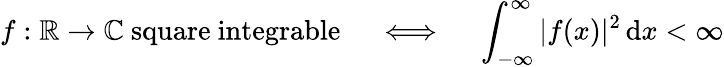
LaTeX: f:\mathbb{R}\to\mathbb{C}{\mathrm{~square~integrable}}\quad\iff\quad\int_{-\infty}^{\infty}|f(x)|^{2}\, \mathrm{d}x<\infty